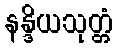
နန္ဒိယသုတ္တံ